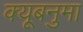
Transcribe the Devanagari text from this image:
क्यूबनुमा